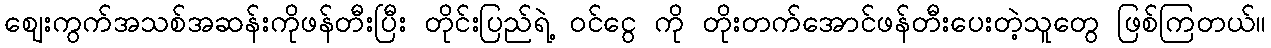
ဈေးကွက်အသစ်အဆန်းကိုဖန်တီးပြီး တိုင်းပြည်ရဲ့ ဝင်ငွေ ကို တိုးတက်အောင်ဖန်တီးပေးတဲ့သူတွေ ဖြစ်ကြတယ်။